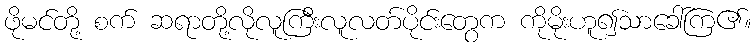
ဖိုမင်တို့ စက် ဆရာတို့လိုလူကြီးလူလတ်ပိုင်းတွေက ကိုမိုးဟူ၍သာခေါ်ကြ၏။